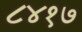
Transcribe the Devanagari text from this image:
८४१७